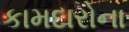
કામદારોના